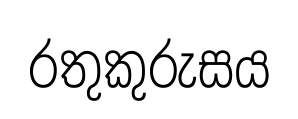
රතුකුරුසය